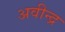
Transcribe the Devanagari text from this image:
अवीन्द्र